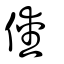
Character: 僾